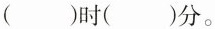
()时()分。